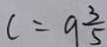
c = 9 \frac { 3 } { 5 }